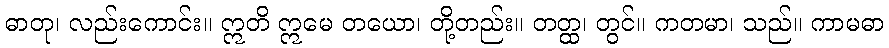
ဓာတု၊ လည်းကောင်း။ ဣတိ ဣမေ တယော၊ တို့တည်း။ တတ္ထ၊ တွင်။ ကတမာ၊ သည်။ ကာမဓာ